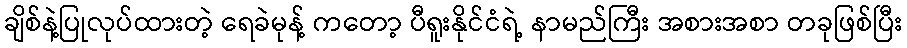
ချိစ်နဲ့ပြုလုပ်ထားတဲ့ ရေခဲမုန့် ကတော့ ပီရူးနိုင်ငံရဲ့ နာမည်ကြီး အစားအစာ တခုဖြစ်ပြီး